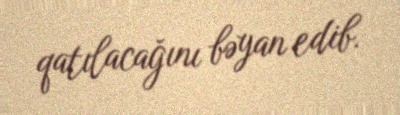
qatılacağını bəyan edib.